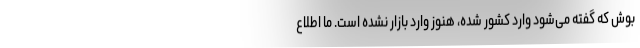
بوش که گفته می‌شود وارد کشور شده، هنوز وارد بازار نشده است. ما اطلاع